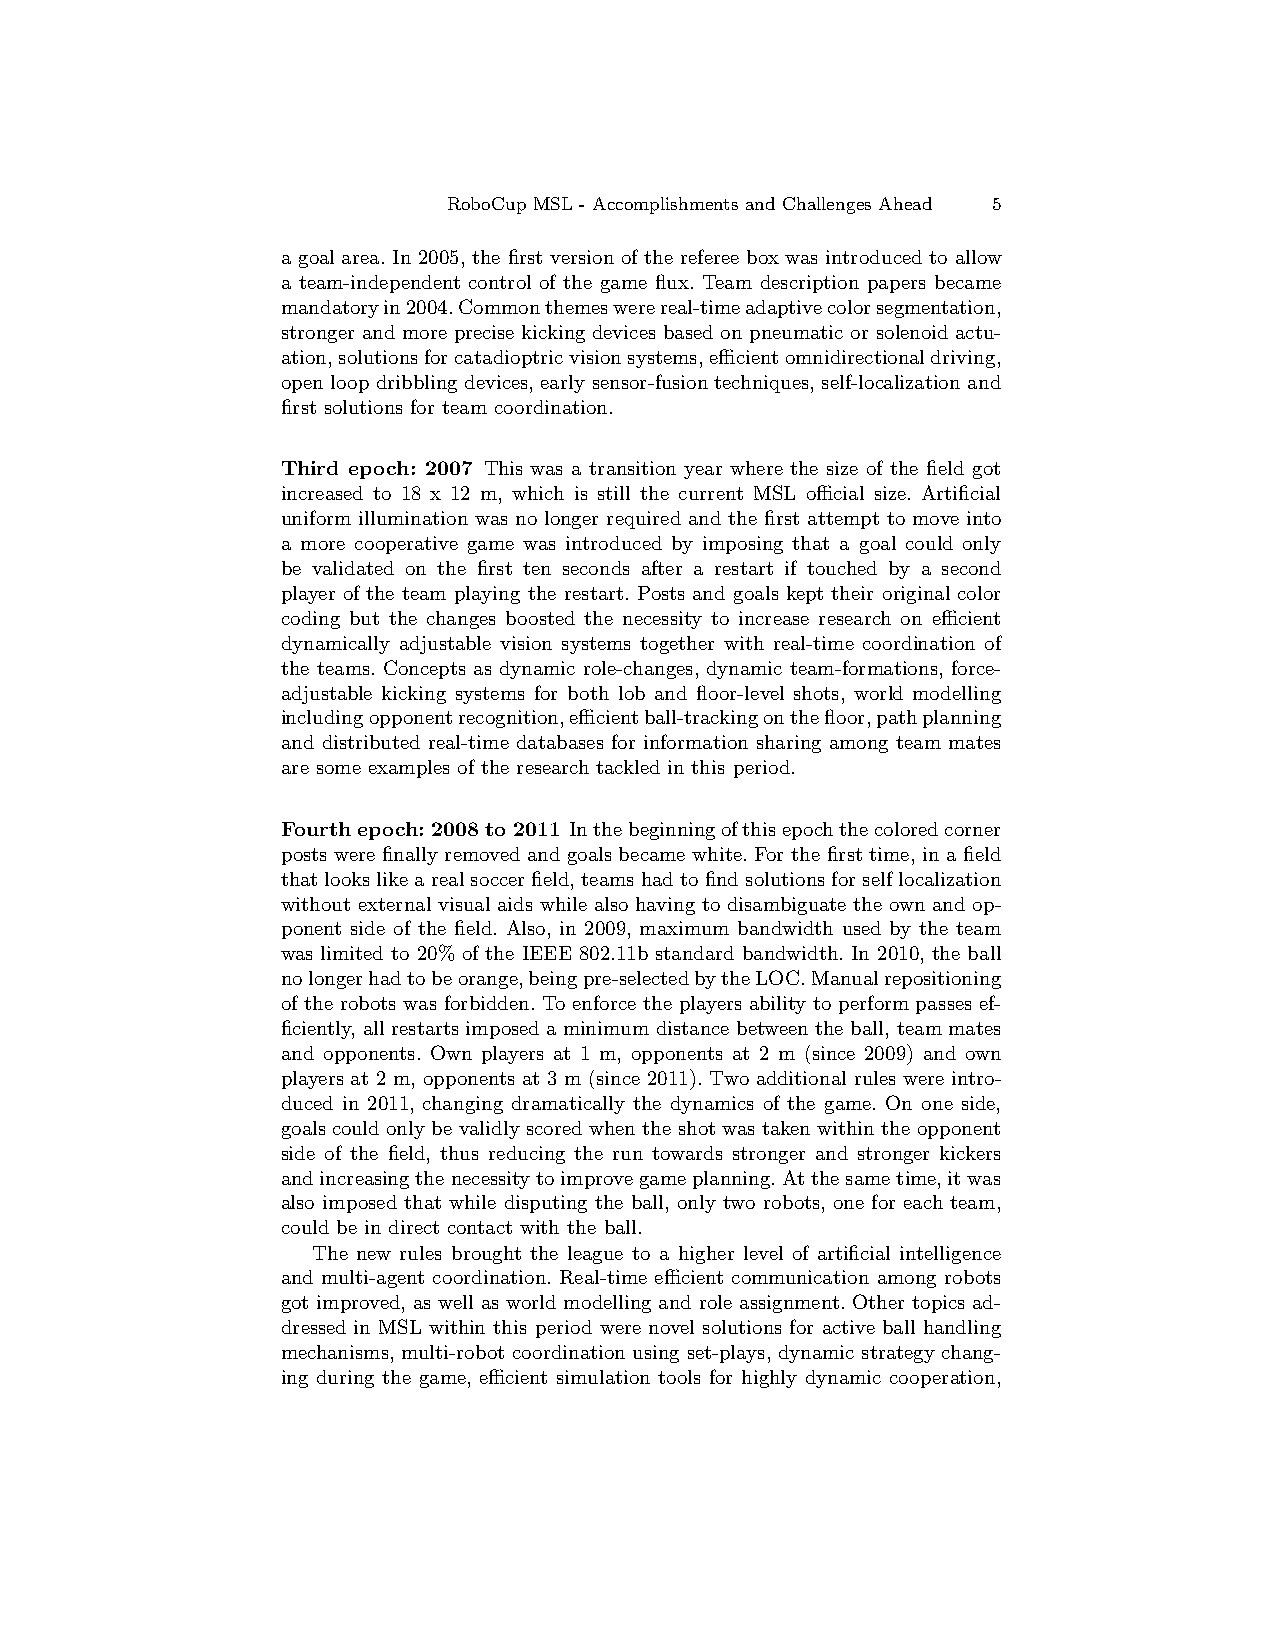
RoboCup MSL - Accomplishments and Challenges Ahead 5
 a goalarea. In 2005,the first versionof the referee box was introduced to allow
 a team-independent control of the game flux. Team description papers became
 mandatoryin2004.Commonthemeswerereal-timeadaptivecolorsegmentation,
 stronger and more precise kicking devices based on pneumatic or solenoidactu-
 ation,solutionsforcatadioptricvisionsystems,efficientomnidirectionaldriving,
 open loop dribbling devices, early sensor-fusiontechniques, self-localizationand
 first solutions for team coordination.
 Third epoch: 2007 This was a transition year where the size of the field got
 increased to 18 x 12 m, which is still the current MSL official size. Artificial
 uniform illumination was no longer required and the first attempt to move into
 a more cooperative game was introduced by imposing that a goal could only
 be validated on the first ten seconds after a restart if touched by a second
 player of the team playing the restart. Posts and goals kept their original color
 coding but the changes boosted the necessity to increase research on efficient
 dynamically adjustable vision systems together with real-time coordination of
 the teams. Concepts as dynamic role-changes, dynamic team-formations, force-
 adjustable kicking systems for both lob and floor-level shots, world modelling
 includingopponentrecognition,efficientball-trackingonthefloor,pathplanning
 and distributed real-time databases for information sharing among team mates
 are some examples of the research tackled in this period.
 Fourth epoch:2008to 2011 Inthebeginningofthisepochthecoloredcorner
 posts were finally removedand goals became white. For the first time, in a field
 thatlookslikearealsoccerfield,teamshadtofindsolutionsforselflocalization
 without external visual aids while also having to disambiguate the own and op-
 ponent side of the field. Also, in 2009, maximum bandwidth used by the team
 was limited to 20% of the IEEE 802.11b standard bandwidth. In 2010, the ball
 nolongerhadtobeorange,beingpre-selectedbytheLOC.Manualrepositioning
 of the robots was forbidden. To enforce the players ability to perform passes ef-
 ficiently, allrestartsimposed a minimum distance betweenthe ball, teammates
 and opponents. Own players at 1 m, opponents at 2 m (since 2009) and own
 players at 2 m, opponents at 3 m (since 2011). Two additional rules were intro-
 duced in 2011, changing dramatically the dynamics of the game. On one side,
 goalscouldonly be validly scoredwhen the shotwastakenwithin the opponent
 side of the field, thus reducing the run towards stronger and stronger kickers
 andincreasingthenecessitytoimprovegameplanning.Atthesametime,itwas
 also imposed that while disputing the ball, only two robots, one for each team,
 could be in direct contact with the ball.
 The new rules brought the league to a higher level of artificial intelligence
 and multi-agent coordination. Real-time efficient communication among robots
 got improved, as well as world modelling and role assignment. Other topics ad-
 dressed in MSL within this period were novel solutions for active ball handling
 mechanisms, multi-robot coordination using set-plays, dynamic strategy chang-
 ing during the game, efficient simulation tools for highly dynamic cooperation,